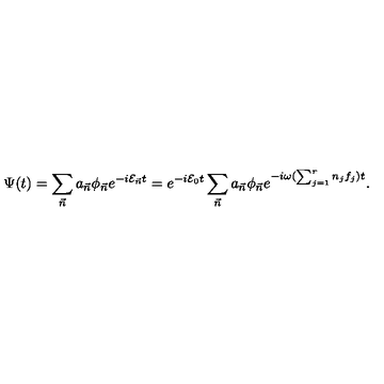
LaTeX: \Psi ( t ) = \sum _ { \vec { n } } a _ { \vec { n } } \phi _ { \vec { n } } e ^ { - i { \cal E } _ { \vec { n } } t } = e ^ { - i { \cal E } _ { 0 } t } \sum _ { \vec { n } } a _ { \vec { n } } \phi _ { \vec { n } } e ^ { - i \omega ( \sum _ { j = 1 } ^ { r } n _ { j } f _ { j } ) t } .